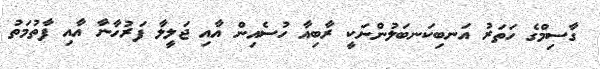
ގާސިމްގެ ހަތަރު އަނބިކަނބަލުންނަކީ ރާބިއާ ހުސެއިން އާއި ޖަލީލާ ފަރުހާނާ އާއި ފާތުމަތު